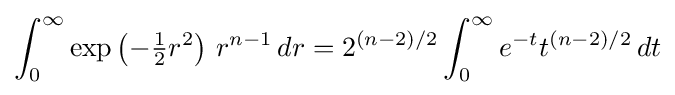
\int _{0}^{\infty }\exp \left(-{\tfrac {1}{2}}r^{2}\right)\,r^{n-1}\,dr=2^{(n-2)/2}\int _{0}^{\infty }e^{-t}t^{(n-2)/2}\,dt